Annual report of the Punjab Veterinary College and of the Civil Veterinary Department, Punjab - 1909-1919
Year: 1909
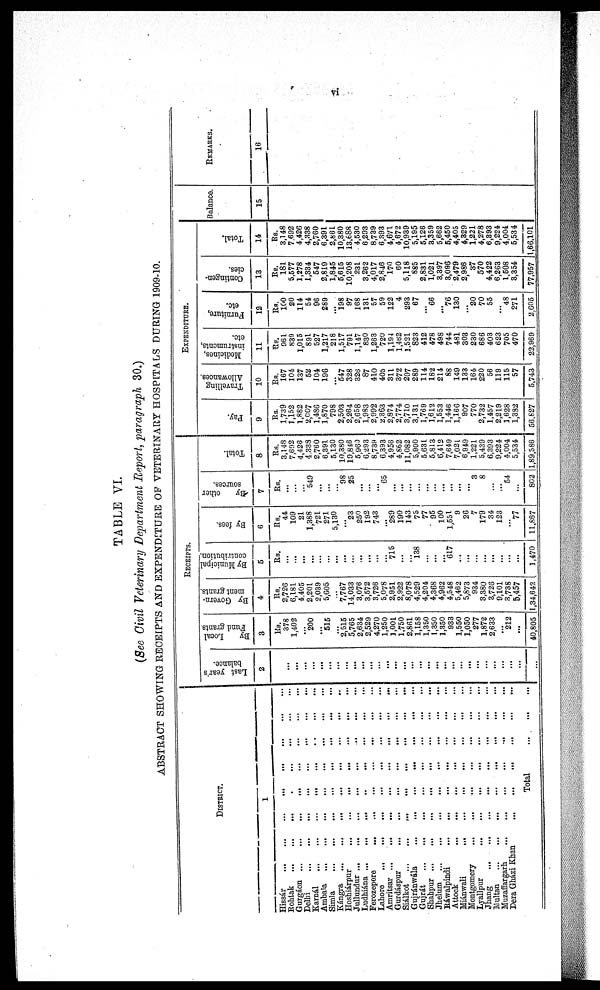
vi
TABLE VI.
(See Civil Veterinary Department Report, paragraph 30.)
ABSTRACT SHOWING RECEIPTS AND EXPENDITURE OF VETERINARY HOSPITALS DURING 1909-10.
DISTRICT.
1
Hissár … … … … … …
Rohtak … … … … … …
Gurgáon … … … … … … …
Delhi
…
…
…
…
…
…
…
…
…
Karnál … … … … … … … …
Ambala … … … … … … … … …
Simla … … … … … … … …
Kángra … … … … … … … …
Hoshiárpur … … … … … … … …
Jullundur … …… … … … … … …
Ludhiána … … … … … … …
Ferozepore … … … … … … …
Lahore … … … … … … …
Amritsar … … … … … … …
Gurdáspur … … … … … … …
Siálkot … … … … … … …
Gujránwála … … … … … … …
Gujrát … … … … … … …
Shahpur … … … … … … …
Jhelam … … … … … … …
Ráwalpindi … … … … … … …
Attock … … … … … … …
Miánwali … … … … … … …
Montgomery … … … … … … …
Lyallpur … … … … … … …
Jhang … … … … … … … ...
Multan … … … … … … … ...
Muzaffargarh … … … … … … … … …
Dera Gházi Khan … … … … … …
Total ... ... .
.
.
RECEIPTS.
Last year's
balance.
2
...
...
...
...
...
...
...
...
...
...
...
...
...
...
...
...
...
...
...
...
...
...
...
...
...
...
...
...
...
...
By
Local
Fund grants
3
Rs.
378
1,402
...
200
...
515
...
2,515
5,765
2,634
2,529
4,270
1,250
1,001
1,750
2,861
1,158
1,350
1,350
1,350
933
1,550
1,050
277
1,872
2,633
...
212
...
40,805
By Govern¬
ment grants.
4
Rs.
2,726
6,181
4,405
2,201
2,039
5,605
...
7,767
14.033
3,076
3,572
3,726
5,078
2,951
2,922
8,078
4,529
4,204
4,368
4,962
4,548
5,462
5,873
934
3,380
3,726
9,101
3,738
5,457
1,34,642
By Municipal
contribution.
5
Rs.
...
...
...
...
...
...
...
...
...
...
...
...
...
715
...
...
138
...
...
...
617
...
...
...
...
...
...
...
...
1,470
By fees.
6
Rs.
44
109
21
1,388
721
271
5,130
...
23
250
192
743
...
289
190
143
75
77
95
100
l,55l
9
26
7
179
34
123
...
77
11,867
By
other
sources.
7
Rs.
...
...
...
549
...
...
…
98
25
...
...
...
65
...
...
...
...
...
...
...
...
...
...
3
8
...
...
54
...
802
Total.
8
Rs.
3,148
7,692
4,428
4.338
2,760
6,391
5,130
10,380
19,846
5,960
6,293
8,739
6,393
4,956
4,862
11,082
5,900
5,631
5,813
6,412
7,649
7,021
6,949
1,221
5,439
6,393
9,224
4,004
5,534
1,89,586
EXPENDITURE.
Pay.
9
Rs.
1,739
1,152
1,882
2,007
1,486
1,870
798
2,503
2,264
2,658
1,983
2,992
2,363
2,874
2,774
3,710
3,131
1,769
1,612
1,553
1,446
1,166
907
770
2,732
1,457
2,219
1,628
1,382
56,827
Travelling
Allowances.
10
Rs.
167
104
137
52
104
196
...
547
328
326
87
410
405
311
372
297
289
114
182
214
88
149
133
164
220
56
119
115
57
5,743
Medicines,
instruments,
etc.
11
Rs.
961
839
1,015
891
527
1,217
218
1,517
791
1,147
830
1,263
720
1,194
1,462
1,521
823
412
478
498
744
481
303
230
686
403
623
705
470
22,969
Furniture,
etc.
12
Rs.
100
20
114
54
96
289
...
198
97
168
131
57
59
122
4
293
67
…
66
...
76
130
...
20
70
55
...
48
271
2,605
Contingen-
cies.
13
Rs.
181
5,577
1,278
1,334
547
2,819
1,845
5,615
10,208
231
3,262
4,017
2,846
170
60
5,118
885
2,831
1,021
3,397
3,096
2,479
2,986
37
570
4,422
6,263
1,508
3,354
77,957
Total.
14
Rs.
3,148
7,692
4,426
4,338
2,760
6,391
2,861
10,380
13,688
4,530
6,293
8,739
6,393
4,671
4,672
10,939
5,195
5,126
3,359
5,662
5,450
4,405
4,329
1,221
4,278
6,393
9,224
4,004
5,534
1,66,101
Balance.
15
REMARKS.
16